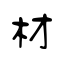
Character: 材